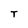
Character: T